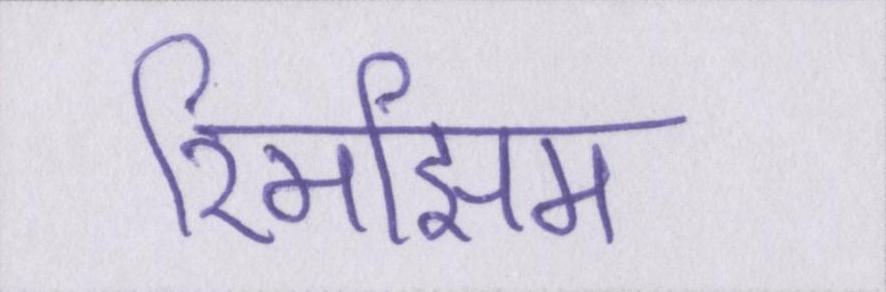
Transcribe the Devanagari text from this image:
रिमझिम